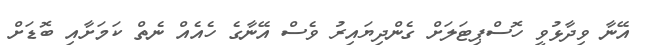
އޭނާ ވިދާޅުވީ ހޮސްޕިޓަލަށް ގެންދިޔައިރު ވެސް އޭނާގެ ހެއެއް ނެތް ކަމަށާއި ބޮޑަށް